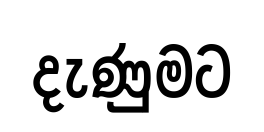
දැණුමට